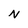
Character: N